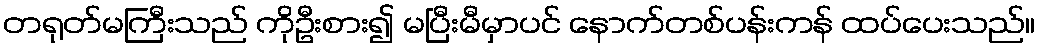
တရုတ်မကြီးသည် ကိုဦးစား၍ မပြီးမီမှာပင် နောက်တစ်ပန်းကန် ထပ်ပေးသည်။